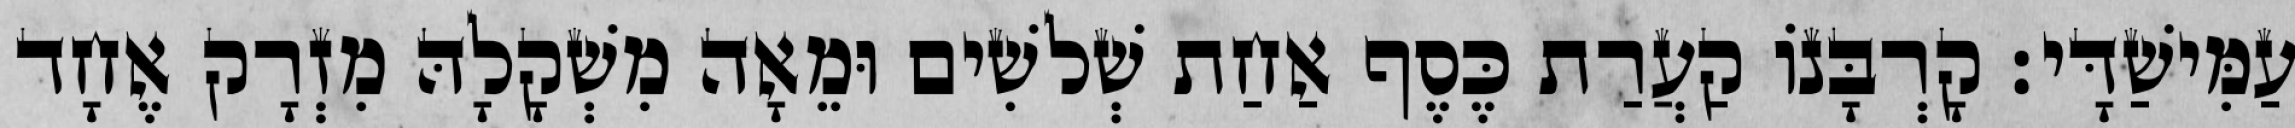
עַמִּישַׁדָּי׃ קָרְבָּנוֹ קַעֲרַת כֶּסֶף אַחַת שְׁלשִׁים וּמֵאָה מִשְׁקָלָהּ מִזְרָק אֶחָד